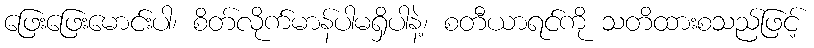
ဖြေးဖြေးမောင်းပါ၊ စိတ်လိုက်မာန်ပါမရှိပါနဲ့၊ စတီယာရင်ကို သတိထားစသည်ဖြင့်